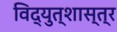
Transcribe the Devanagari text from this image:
विद्युत्शास्त्र